Problem: 9 × 9 = ?
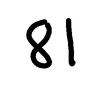
Handwritten answer: 81